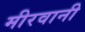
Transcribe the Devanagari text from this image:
मीरवानी